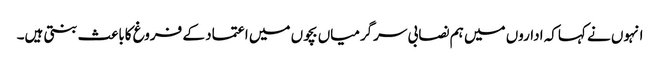
انہوں نے کہاکہ اداروں میں ہم نصابی سرگرمیاں بچوں میں اعتماد کے فروغ کاباعث بنتی ہیں۔